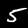
Label: 5